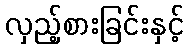
လှည့်စားခြင်းနှင့်